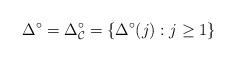
LaTeX: \begin{align*} \Delta^{\circ}=\Delta_{\mathcal C}^{\circ}=\{\Delta^{\circ}(j):j\ge 1\} \end{align*}